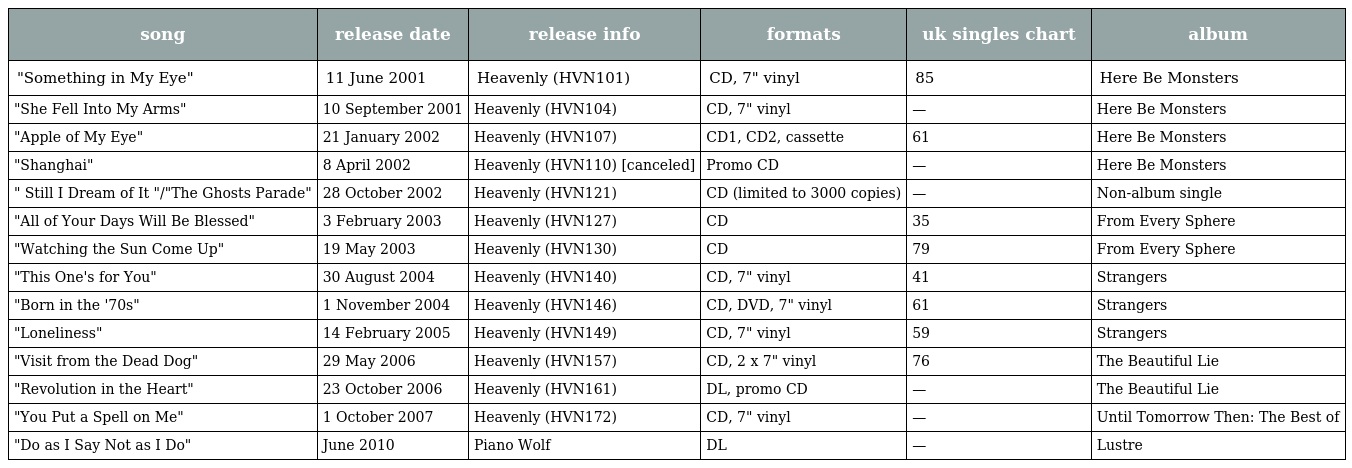
| song | release date | release info | formats | uk singles chart | album |
 | --- | --- | --- | --- | --- | --- |
 | "Something in My Eye" | 11 June 2001 | Heavenly (HVN101) | CD, 7" vinyl | 85 | Here Be Monsters |
 | "She Fell Into My Arms" | 10 September 2001 | Heavenly (HVN104) | CD, 7" vinyl | — | Here Be Monsters |
 | "Apple of My Eye" | 21 January 2002 | Heavenly (HVN107) | CD1, CD2, cassette | 61 | Here Be Monsters |
 | "Shanghai" | 8 April 2002 | Heavenly (HVN110) [canceled] | Promo CD | — | Here Be Monsters |
 | " Still I Dream of It "/"The Ghosts Parade" | 28 October 2002 | Heavenly (HVN121) | CD (limited to 3000 copies) | — | Non-album single |
 | "All of Your Days Will Be Blessed" | 3 February 2003 | Heavenly (HVN127) | CD | 35 | From Every Sphere |
 | "Watching the Sun Come Up" | 19 May 2003 | Heavenly (HVN130) | CD | 79 | From Every Sphere |
 | "This One's for You" | 30 August 2004 | Heavenly (HVN140) | CD, 7" vinyl | 41 | Strangers |
 | "Born in the '70s" | 1 November 2004 | Heavenly (HVN146) | CD, DVD, 7" vinyl | 61 | Strangers |
 | "Loneliness" | 14 February 2005 | Heavenly (HVN149) | CD, 7" vinyl | 59 | Strangers |
 | "Visit from the Dead Dog" | 29 May 2006 | Heavenly (HVN157) | CD, 2 x 7" vinyl | 76 | The Beautiful Lie |
 | "Revolution in the Heart" | 23 October 2006 | Heavenly (HVN161) | DL, promo CD | — | The Beautiful Lie |
 | "You Put a Spell on Me" | 1 October 2007 | Heavenly (HVN172) | CD, 7" vinyl | — | Until Tomorrow Then: The Best of |
 | "Do as I Say Not as I Do" | June 2010 | Piano Wolf | DL | — | Lustre |